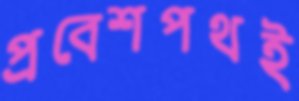
প্রবেশপথই